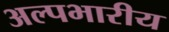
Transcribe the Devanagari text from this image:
अल्पभारीय